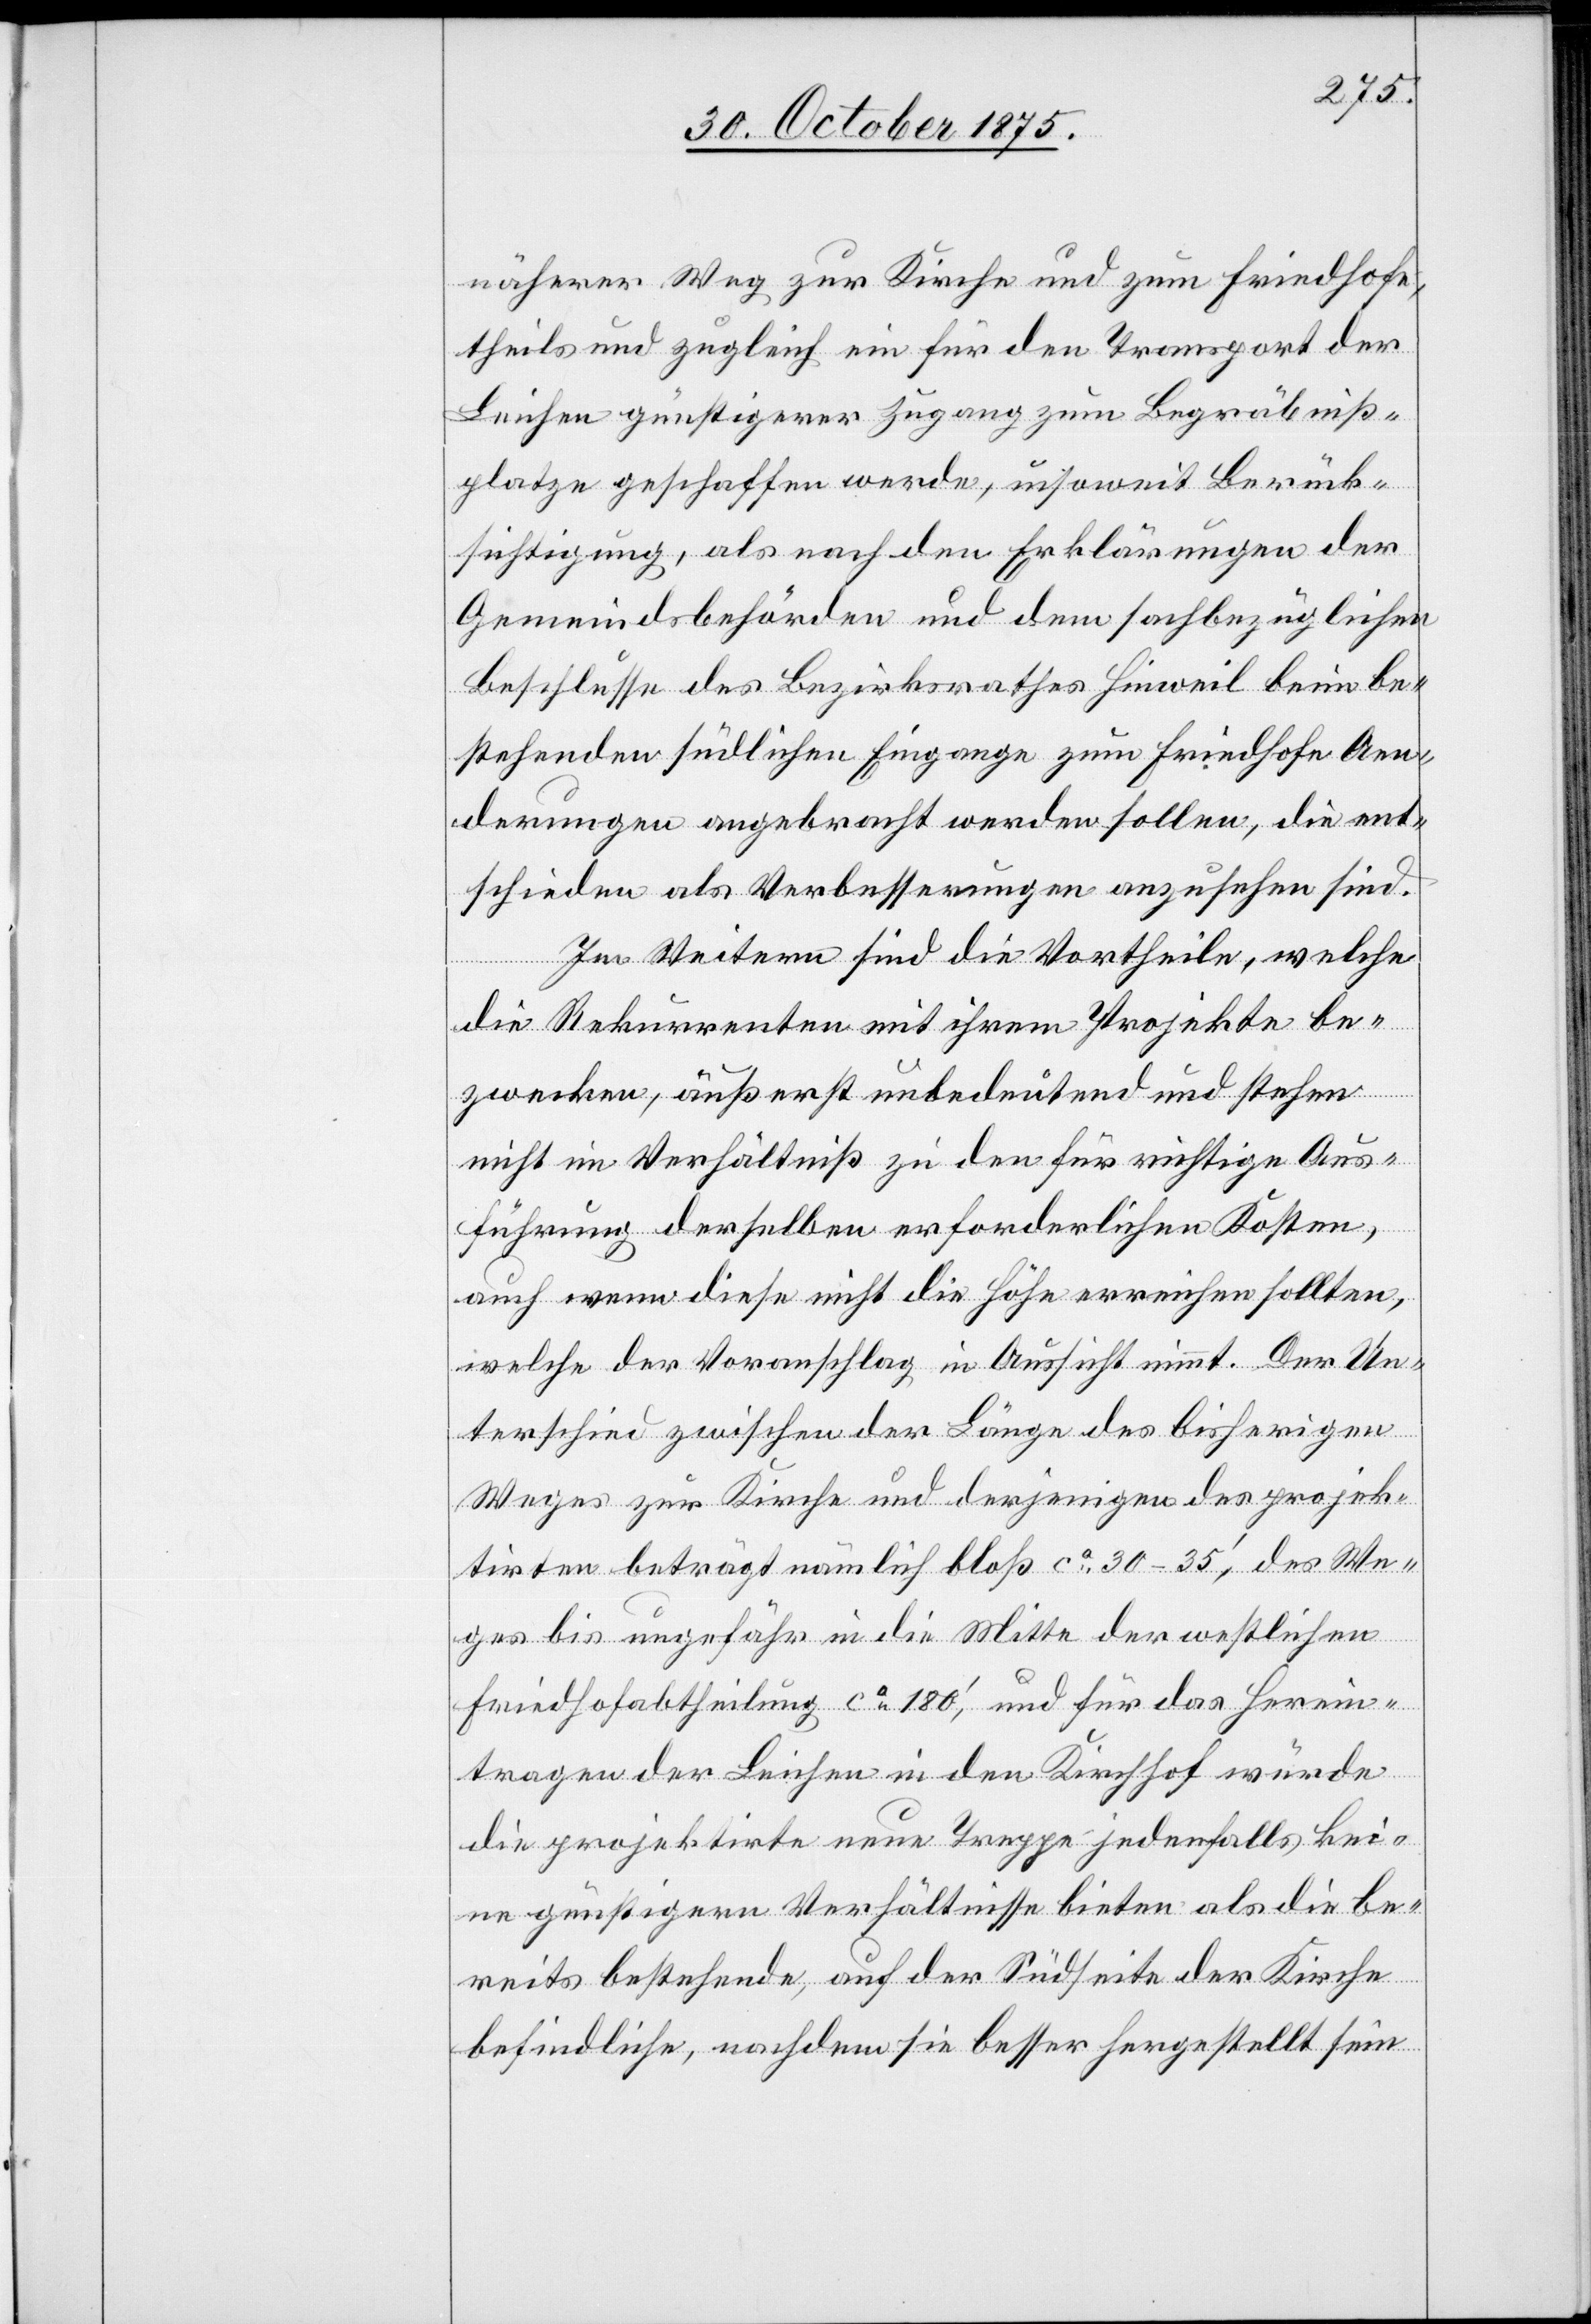
näherer Weg zur Kirche und zum Friedhofe,
theils und zugleich ein für den Transport der
Leichen günstigerer Zugang zum Begräbniß¬
platze geschaffen werde, insoweit Berück¬
sichtigung, als nach den Erklärungen der
Gemeindsbehörden und dem sachbezüglichen
Beschlusse des Bezirksrathes Hinweil beim be¬
stehenden südlichen Eingange zum Friedhofe Aen¬
derungen angebracht werden sollen, die ent¬
schieden als Verbesserungen anzusehen sind.
Im Weitern sind die Vortheile, welche
die Rekurrenten mit ihrem Projekte be¬
zwecken, äußerst unbedeutend und stehen
nicht im Verhältniß zu den für richtige Aus¬
führung derselben erforderlichen Kosten,
auch wenn diese nicht die Höhe erreichen sollten,
welche der Voranschlag in Aussicht nimmt. Der Un¬
terschied zwischen der Länge des bisherigen
Weges zur Kirche und derjenigen des projek¬
tirten beträgt nämlich bloß ca 30–35‘,des We¬
ges bis ungefähr in die Mitte der westlichen
Friedhofabtheilung ca180‘, und für das Herein¬
tragen der Leichen in den Kirchhof würde
die projektirte neue Treppe jedenfalls kei¬
ne günstigern Verhältnisse bieten als die be¬
reits bestehende, auf der Südseite der Kirche
befindliche, nachdem sie besser hergestellt sein